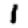
Digit: 1